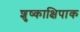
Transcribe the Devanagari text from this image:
शुष्काक्षिपाक